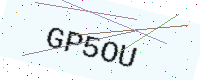
Text: GP5OU